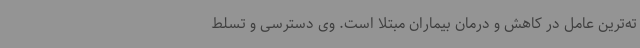
ته‌ترین عامل در کاهش و درمان بیماران مبتلا است‌. وی دسترسی و تسلط